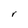
Character: r